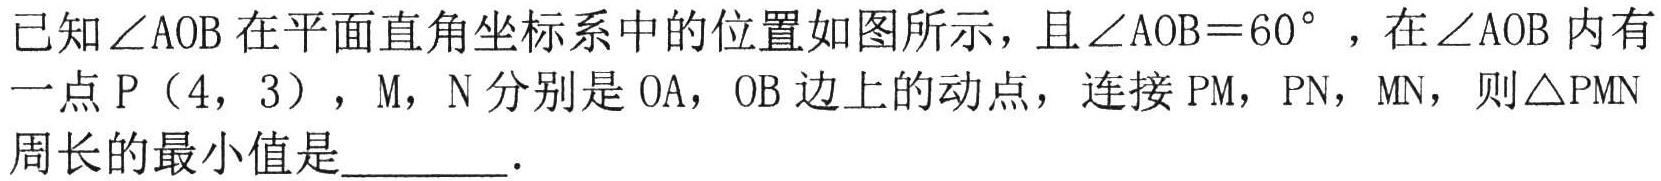
已知\(\angle AOB\)在平面直角坐标系中的位置如图所示，且\(\angle AOB = 60^{\circ}\)，在\(\angle AOB\)内有一点\(P(4,3)\)，\(M\)，\(N\)分别是\(OA\)，\(OB\)边上的动点，连接\(PM\)，\(PN\)，\(MN\)，则\(\triangle PMN\)周长的最小值是  ．